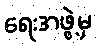
ရေးအဖွဲ့မှ